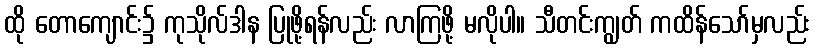
ထို တောကျောင်း၌ ကုသိုလ်ဒါန ပြုဖို့ရန်လည်း လာကြဖို့ မလိုပါ။ သီတင်းကျွတ် ကထိန်သော်မှလည်း